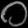
Digit: ၀